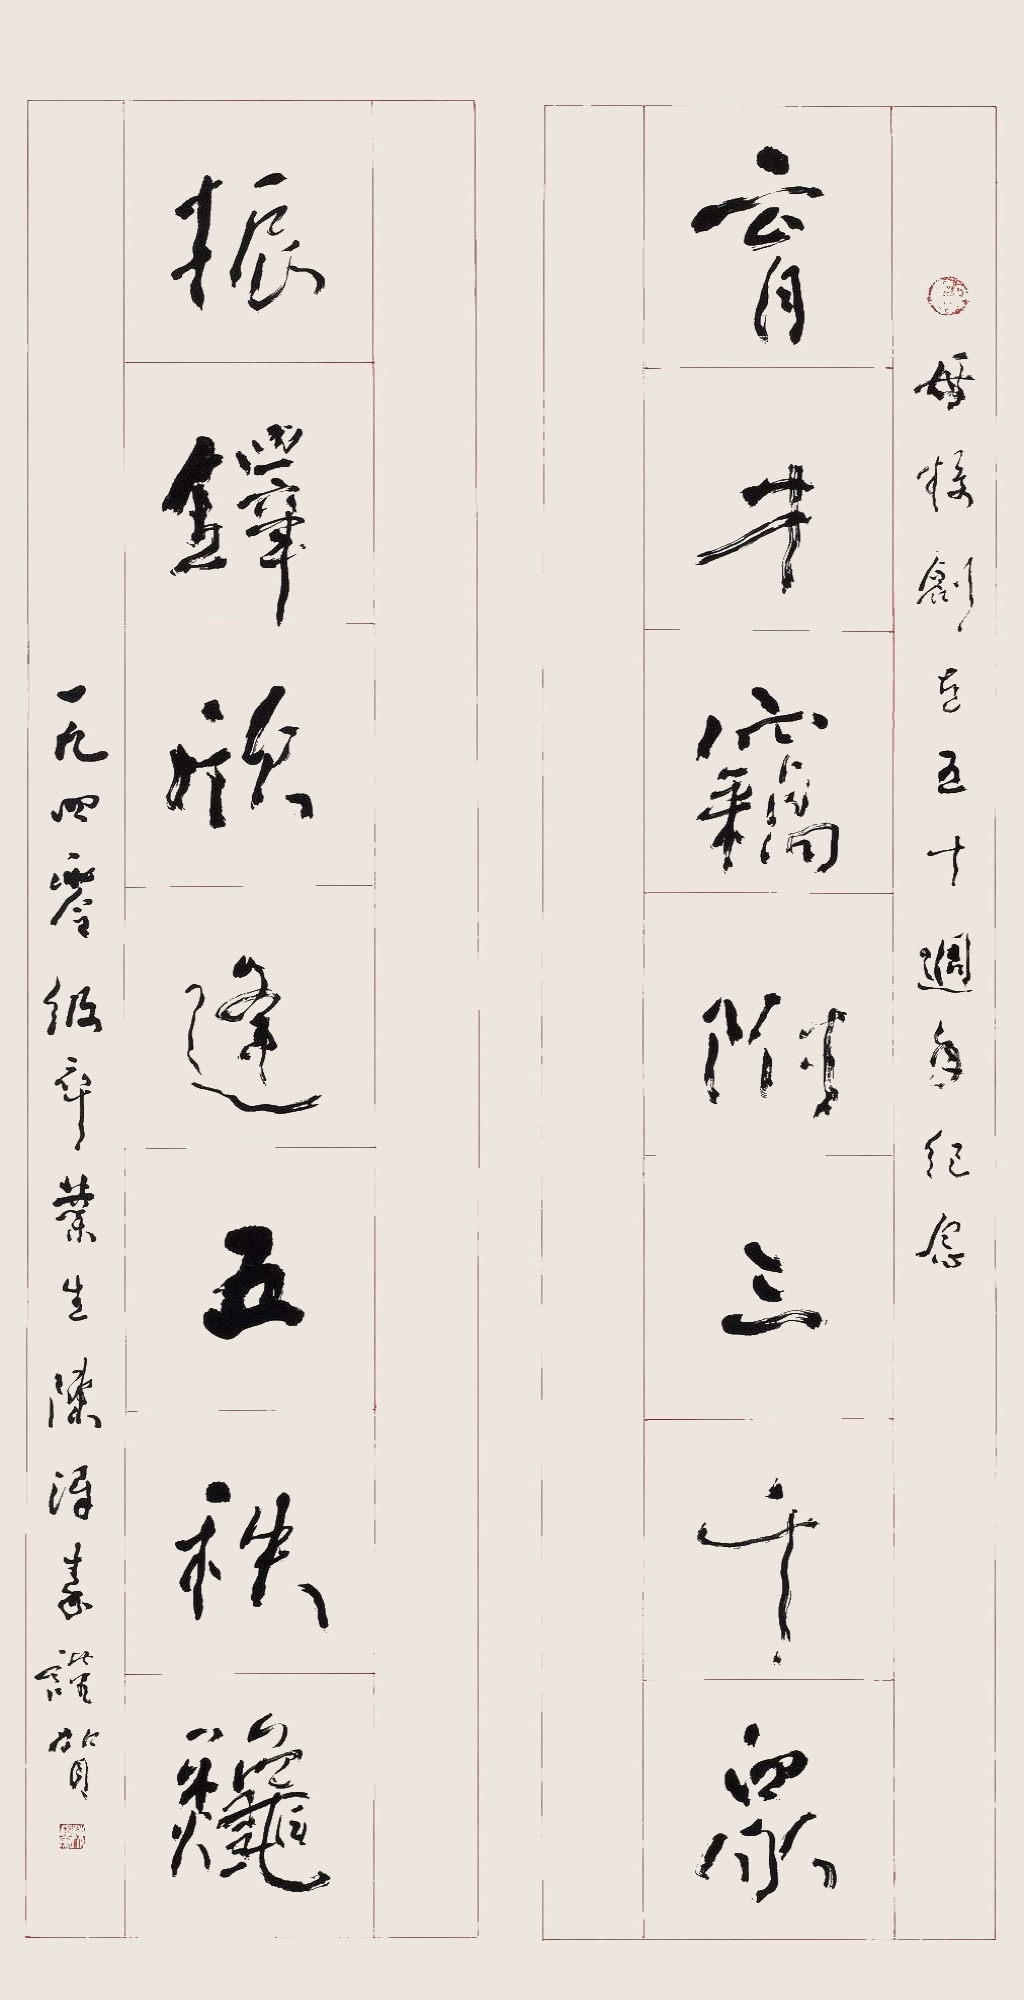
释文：育才窃附三千众，振铎欣逢五秩秋。母校创立五十周年纪念。一九四零级卒业生，陈泽秦赞贺。